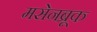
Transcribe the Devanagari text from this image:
मसेनब्रूक